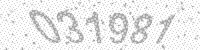
Solution: 031981